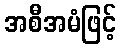
အစီအမံဖြင့်